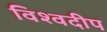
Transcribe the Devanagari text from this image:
विश्वदीप